Lunatic asylums in Bengal annual reports 1899-1911 - 1899-1911
Year: 1899
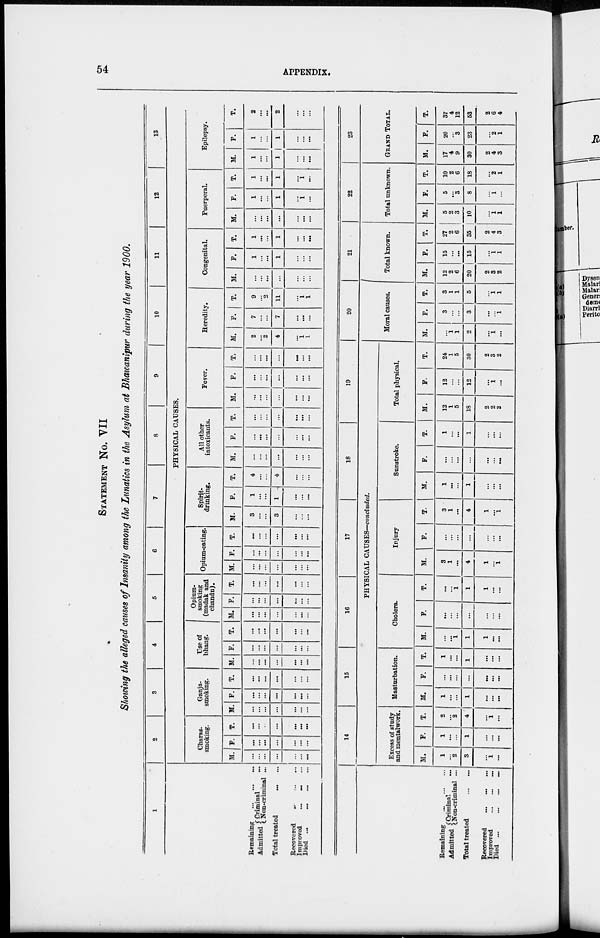
54
APPENDIX.
STATEMENT No. VII
Showing the alleged causes of Insanity among the Lunatics in the Asylum at Bhawanipur during the year 1900.
1
Remaining
...
...
...
Admitted Criminal ...
Non-criminal ...
Total treated
Recovered
...
...
...
Improved
Died ...
2
3
4
5
6
7
8
9
10
11
12
13
PHYSICAL CAUSES.
Charas-
smoking.
M.
...
...
...
...
...
...
...
IP.
...
...
...
...
...
...
...
T.
...
...
...
...
...
...
...
Ganja-
smoking.
M.
...
...
...
...
...
...
...
P.
...
...
...
...
...
...
...
T.
...
...
...
...
...
...
...
Use of
bhang.
M.
...
...
...
...
...
...
...
F.
...
...
...
...
...
...
...
T.
...
...
...
...
...
...
...
Opium-
smoking
(madak and
chandu).
M.
...
...
...
...
...
...
...
F.
...
...
...
...
...
...
...
T.
...
...
...
...
...
...
...
Opium-eating.
M.
...
...
...
...
...
...
...
F.
...
...
...
...
...
...
...
T.
...
...
...
...
...
...
...
Spirit-
drinking.
M.
3
...
...
3
...
...
...
F.
1
...
...
1
...
...
...
T.
4
...
...
4
...
...
...
All other
intoxicants.
M.
...
...
...
...
...
...
...
F.
...
...
...
...
...
...
...
T.
...
...
...
...
...
...
...
Fever.
M.
...
...
...
...
...
...
...
F.
...
...
...
...
...
...
...
T.
...
...
...
...
...
...
...
Heredity.
M.
2
...
2
4
...
1
1
F.
7
...
...
7
...
...
...
T.
9
...
2
11
...
1
1
Congenital.
M.
...
...
...
...
...
...
...
F.
1
...
...
1
...
...
...
T.
1
...
...
1
...
...
...
Puerperal.
M.
...
...
...
...
...
...
...
F.
1
...
...
1
...
1
...
T.
1
...
...
1
...
1
...
Epilepsy.
M.
1
...
...
1
...
...
...
F.
1
...
...
1
...
...
...
T.
2
...
...
2
...
...
...
Remaining
...
...
...
Admitted Criminal ...
Non-criminal ...
Total treated
...
...
Recovered
... ... ...
Improved
...
...
...
Died ...
...
...
...
14
15
16
17
18
19
PHYSICAL CAUSES—concluded.
Excess of study
and mental work.
M.
1
...
2
3
...
1
...
P.
1
...
...
1
...
...
...
T.
2
...
2
4
...
1
...
Masturbation.
M.
1
...
...
1
...
...
...
F.
...
...
...
...
...
...
...
T.
1
...
...
1
...
...
...
Cholera.
M.
...
...
1
1
1
...
...
P.
...
...
...
...
...
...
...
T.
...
...
1
1
1
...
...
Injury
M.
3
1
...
4
1
...
1
F.
...
...
...
...
...
...
...
T.
3
1
...
4
1
...
1
Sunstroke.
M.
1
...
...
1
...
...
...
F.
...
...
...
...
...
...
...
T.
1
...
...
1
...
...
...
Total physical.
M.
12
1
5
18
2
2
2
P.
12
...
...
12
...
1
...
T.
24
1
5
30
2
3
2
20
Moral causes.
M.
...
1
1
2
...
1
...
F.
3
...
...
3
...
...
1
T.
3
1
1
5
...
1
1
21
Total known.
M.
12
2
6
20
2
3
2
P.
15
...
...
15
...
1
1
T.
27
2
6
35
2
4
3
22
Total unknown.
M.
5
2
3
10
...
1
1
P.
5
...
3
8
...
1
...
T.
10
2
6
18
...
2
1
23
GRAND TOTAL.
M.
17
4
9
30
2
4
3
P.
20
...
3
23
...
2
1
T.
37
4
12
53
2
6
4